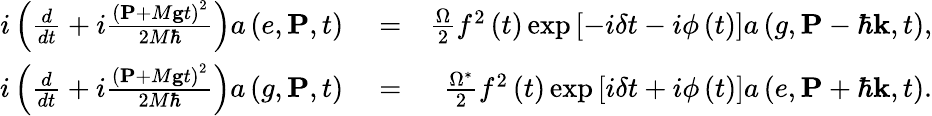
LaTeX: \begin{array}{rlr}{i\left(\frac{d}{dt}+i\frac{\left(\mathbf{P}+M\mathbf{g}t\right)^{2}}{2M\hbar}\right)a\left(e,\mathbf{P},t\right)}&{{}=}&{\frac{\Omega}{2}f^{2}\left(t\right)\exp\left[-i\delta t-i\phi\left(t\right)\right]a\left(g,\mathbf{P}-\hbar\mathbf{k},t\right),}\\ {i\left(\frac{d}{dt}+i\frac{\left(\mathbf{P}+M\mathbf{g}t\right)^{2}}{2M\hbar}\right)a\left(g,\mathbf{P},t\right)}&{{}=}&{\frac{\Omega^{\ast}}{2}f^{2}\left(t\right)\exp\left[i\delta t+i\phi\left(t\right)\right]a\left(e,\mathbf{P}+\hbar\mathbf{k},t\right).}\end{array}